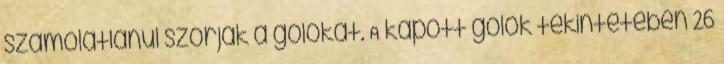
számolatlanul szórják a gólokat. A kapott gólok tekintetében 26